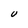
Character: U